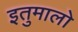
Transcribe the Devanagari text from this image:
इतुमालो